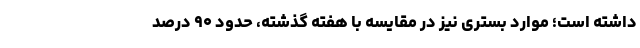
داشته است؛ موارد بستری نیز در مقایسه با هفته گذشته، حدود ۹۰ درصد